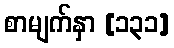
စာမျက်နှာ [၁၃၁]